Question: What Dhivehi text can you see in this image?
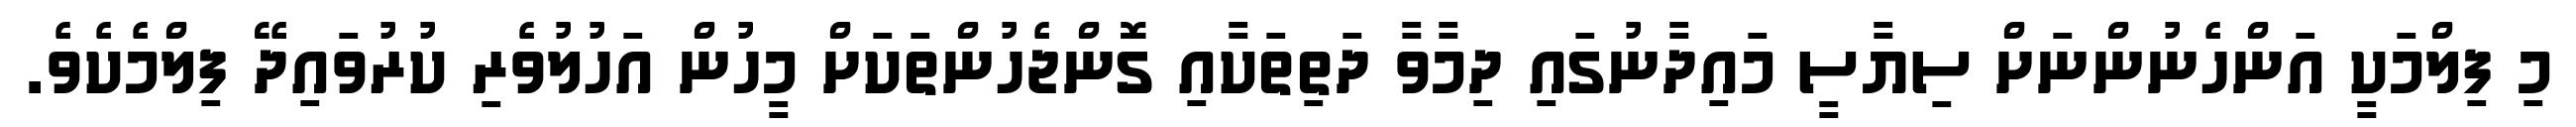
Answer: މި ފިލްމަކީ އަންހެނުންނަށް ސިޔާސީ މައިދާނުގައި ދިމާވާ ދަތިތަކާއި ގޮންޖެހުންތަކަށް މީހުން އަހުލުވެރި ކުރުވައިދޭ ފިލްމެކެވެ.